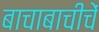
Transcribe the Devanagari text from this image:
बाचाबाचीचें